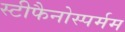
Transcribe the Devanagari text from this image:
स्टीफैनोस्पर्मम